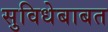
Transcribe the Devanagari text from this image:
सुविधेबाबत